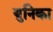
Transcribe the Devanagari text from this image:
युनिका